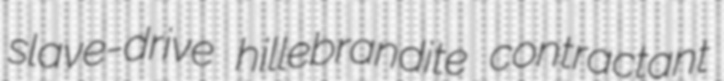
slave-drive hillebrandite contractant